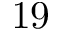
1 9